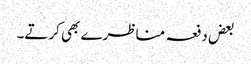
بعض دفعہ مناظرے بھی کرتے۔